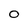
Character: 0